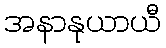
အနာနုယာယီ